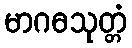
မာဂဓသုတ္တံ